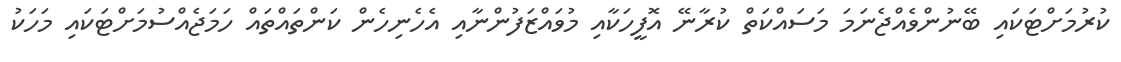
ކުރުމަށްޓަކައި ބޭނުންވެއްޖެނަމަ މަސައްކަތް ކުރާނޭ އޮފީހަކާއި މުވައްޒަފުންނާއި އެހެނިހެން ކަންތައްތައް ހަމަޖެއްސުމަށްޓަކައި މަހަކު